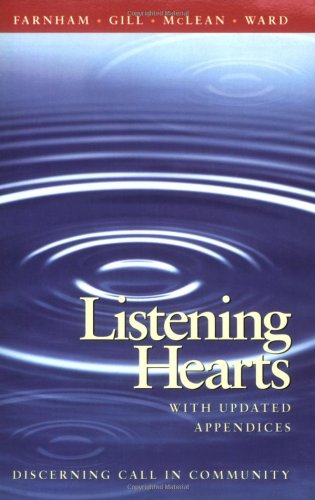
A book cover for Listening Hearts: Discerning Call in Community; Suzanne G. Farnham; Christian Books & Bibles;